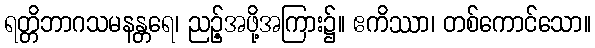
ရတ္တိဘာဂသမနန္တရေ၊ ညဉ့်အဖို့အကြား၌။ ဧကိဿာ၊ တစ်ကောင်သော။